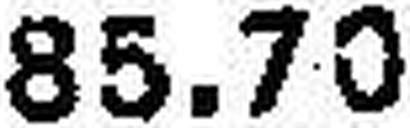
85.70